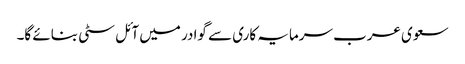
سعوی عرب سرمایہ کاری سے گوادر میں آئل سٹی بنائے گا۔